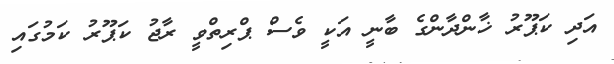
އަދި ކަޕޫރު ޚާންދާންގެ ބާނީ އަކީ ވެސް ޕްރިތްވީ ރާޖު ކަޕޫރު ކަމުގައި